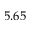
5 . 6 5